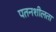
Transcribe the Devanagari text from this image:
पतनशीलता